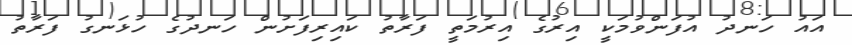
އައު ހަނދު އުފަންވުމަކީ އިރުގެ އިރުމަތީ ފަރާތު ކައިރިފަށުން ހަނދުގެ ހުޅަނގު ފަރާތު